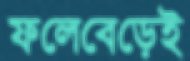
ফলেবেড়েই